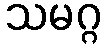
သမဂ္ဂ